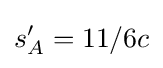
s'_{A}=11/6c